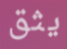
يثق